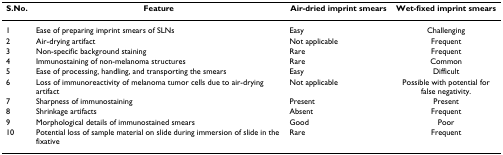
<table><thead><tr><td><b>S.No.</b></td><td><b>Feature</b></td><td><b>Air-dried imprint smears</b></td><td><b>Wet-fixed imprint smears</b></td></tr></thead><tbody><tr><td>1</td><td>Ease of preparing imprint smears of SLNs</td><td>Easy</td><td>Challenging</td></tr><tr><td>2</td><td>Air-drying artifact</td><td>Not applicable</td><td>Frequent</td></tr><tr><td>3</td><td>Non-specific background staining</td><td>Rare</td><td>Frequent</td></tr><tr><td>4</td><td>Immunostaining of non-melanoma structures</td><td>Rare</td><td>Common</td></tr><tr><td>5</td><td>Ease of processing, handling, and transporting the smears</td><td>Easy</td><td>Difficult</td></tr><tr><td>6</td><td>Loss of immunoreactivity of melanoma tumor cells due to air-drying artifact</td><td>Not applicable</td><td>Possible with potential for false negativity.</td></tr><tr><td>7</td><td>Sharpness of immunostaining</td><td>Present</td><td>Present</td></tr><tr><td>8</td><td>Shrinkage artifacts</td><td>Absent</td><td>Frequent</td></tr><tr><td>9</td><td>Morphological details of immunostained smears</td><td>Good</td><td>Poor</td></tr><tr><td>10</td><td>Potential loss of sample material on slide during immersion of slide in the fixative</td><td>Rare</td><td>Frequent</td></tr></tbody></table>